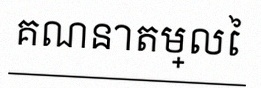
គណនាតម្លៃ